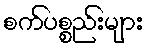
စက်ပစ္စည်းများ